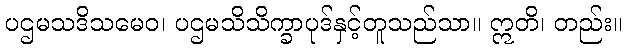
ပဌမသဒိသမေဝ၊ ပဌမသိသိက္ခာပုဒ်နှင့်တူသည်သာ။ ဣတိ၊ တည်း။